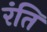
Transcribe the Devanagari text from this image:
रंति